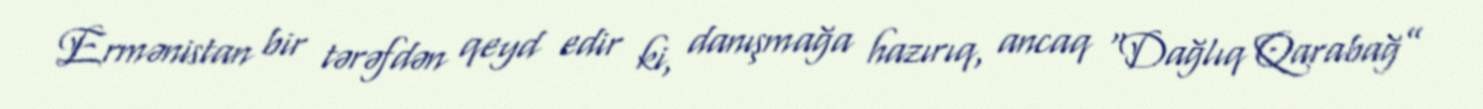
Ermənistan bir tərəfdən qeyd edir ki, danışmağa hazırıq, ancaq “Dağlıq Qarabağ”